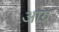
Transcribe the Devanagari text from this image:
आग्र